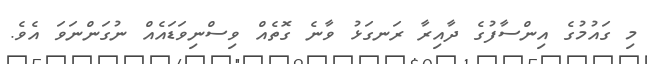
މި ގައުމުގެ އިންސާފުގެ ދާއިރާ ރަނގަޅު ވާނެ ގޮތެއް ވިސްނިވަޑައެއް ނުގަންނަވަ އެވެ.